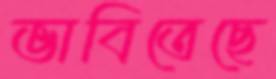
ভাবিতেছে